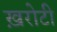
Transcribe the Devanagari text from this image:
ख़रोटी